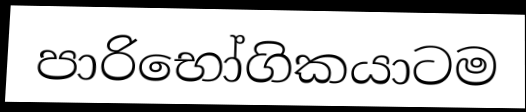
පාරිභෝගිකයාටම